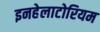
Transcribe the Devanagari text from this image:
इनहेलाटोरियम